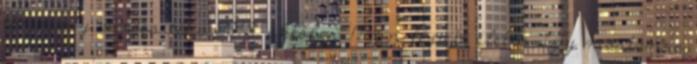
törvény módosítása 2018. október 17-én lépett életbe, így mostanra